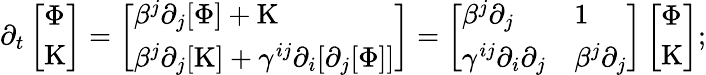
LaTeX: \partial_{t}\left[\begin{array}{l}{\Phi}\\ {\mathrm{K}}\end{array}\right]=\left[\begin{array}{l}{\beta^{j}\partial_{j}[\Phi]+\mathrm{K}}\\ {\beta^{j}\partial_{j}[\mathrm{K}]+\gamma^{ij}\partial_{i}[\partial_{j}[\Phi]]}\end{array}\right]=\left[\begin{array}{ll}{\beta^{j}\partial_{j}}&{1}\\ {\gamma^{ij}\partial_{i}\partial_{j}}&{\beta^{j}\partial_{j}}\end{array}\right]\left[\begin{array}{l}{\Phi}\\ {\mathrm{K}}\end{array}\right];